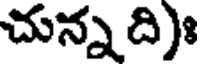
చున్న ది)ః